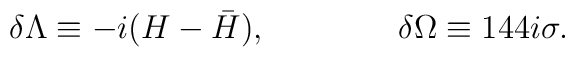
\delta \Lambda \equiv - i (H - {\bar H}), \qquad \qquad\delta \Omega \equiv   144i \sigma.